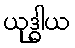
ယုဒ္ဓါယ